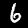
Label: 6